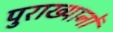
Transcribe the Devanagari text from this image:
पुराख्यानों